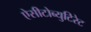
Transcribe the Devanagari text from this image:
ऐसीटोब्युटिरेट